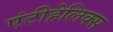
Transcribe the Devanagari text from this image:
एंटीहेलिक्स